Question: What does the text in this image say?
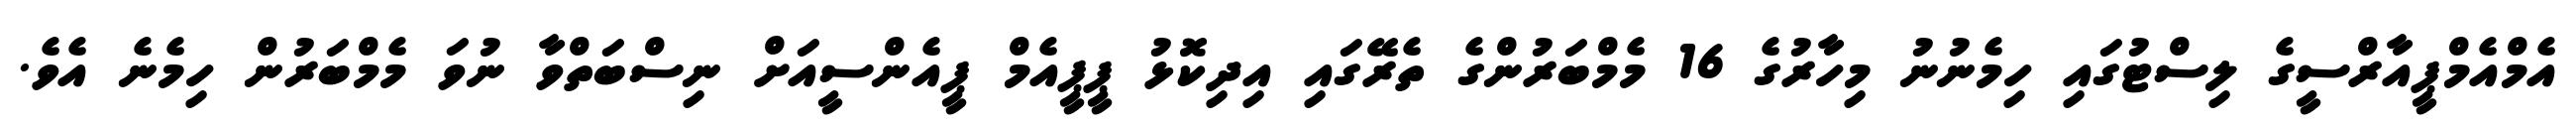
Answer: އެމްއެމްޕީއާރްސީގެ ލިސްޓުގައި ހިމެނުނު މިހާރުގެ 16 މެމްބަރުންގެ ތެރޭގައި އިދިކޮޅު ޕީޕީއެމް ޕީއެންސީއަށް ނިސްބަތްވާ ނުވަ މެމްބަރުން ހިމެނެ އެވެ.